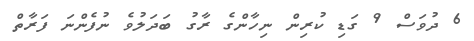
6 ދުވަސް 9 ގަޑި ކުރިން ނިހާންގެ ރާގު ބަދަލުވެ ނުފެންނަ ފަރާތް